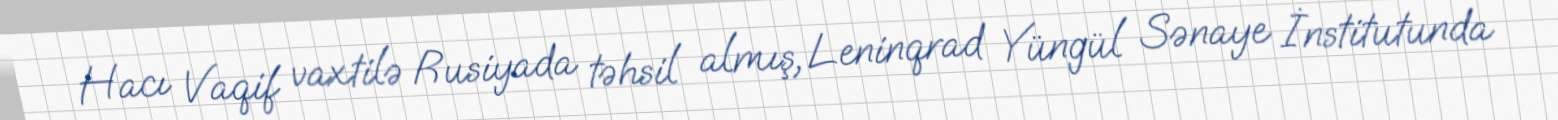
Hacı Vaqif vaxtilə Rusiyada təhsil almış, Leninqrad Yüngül Sənaye İnstitutunda